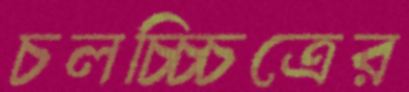
চলচ্চ্চিত্রের